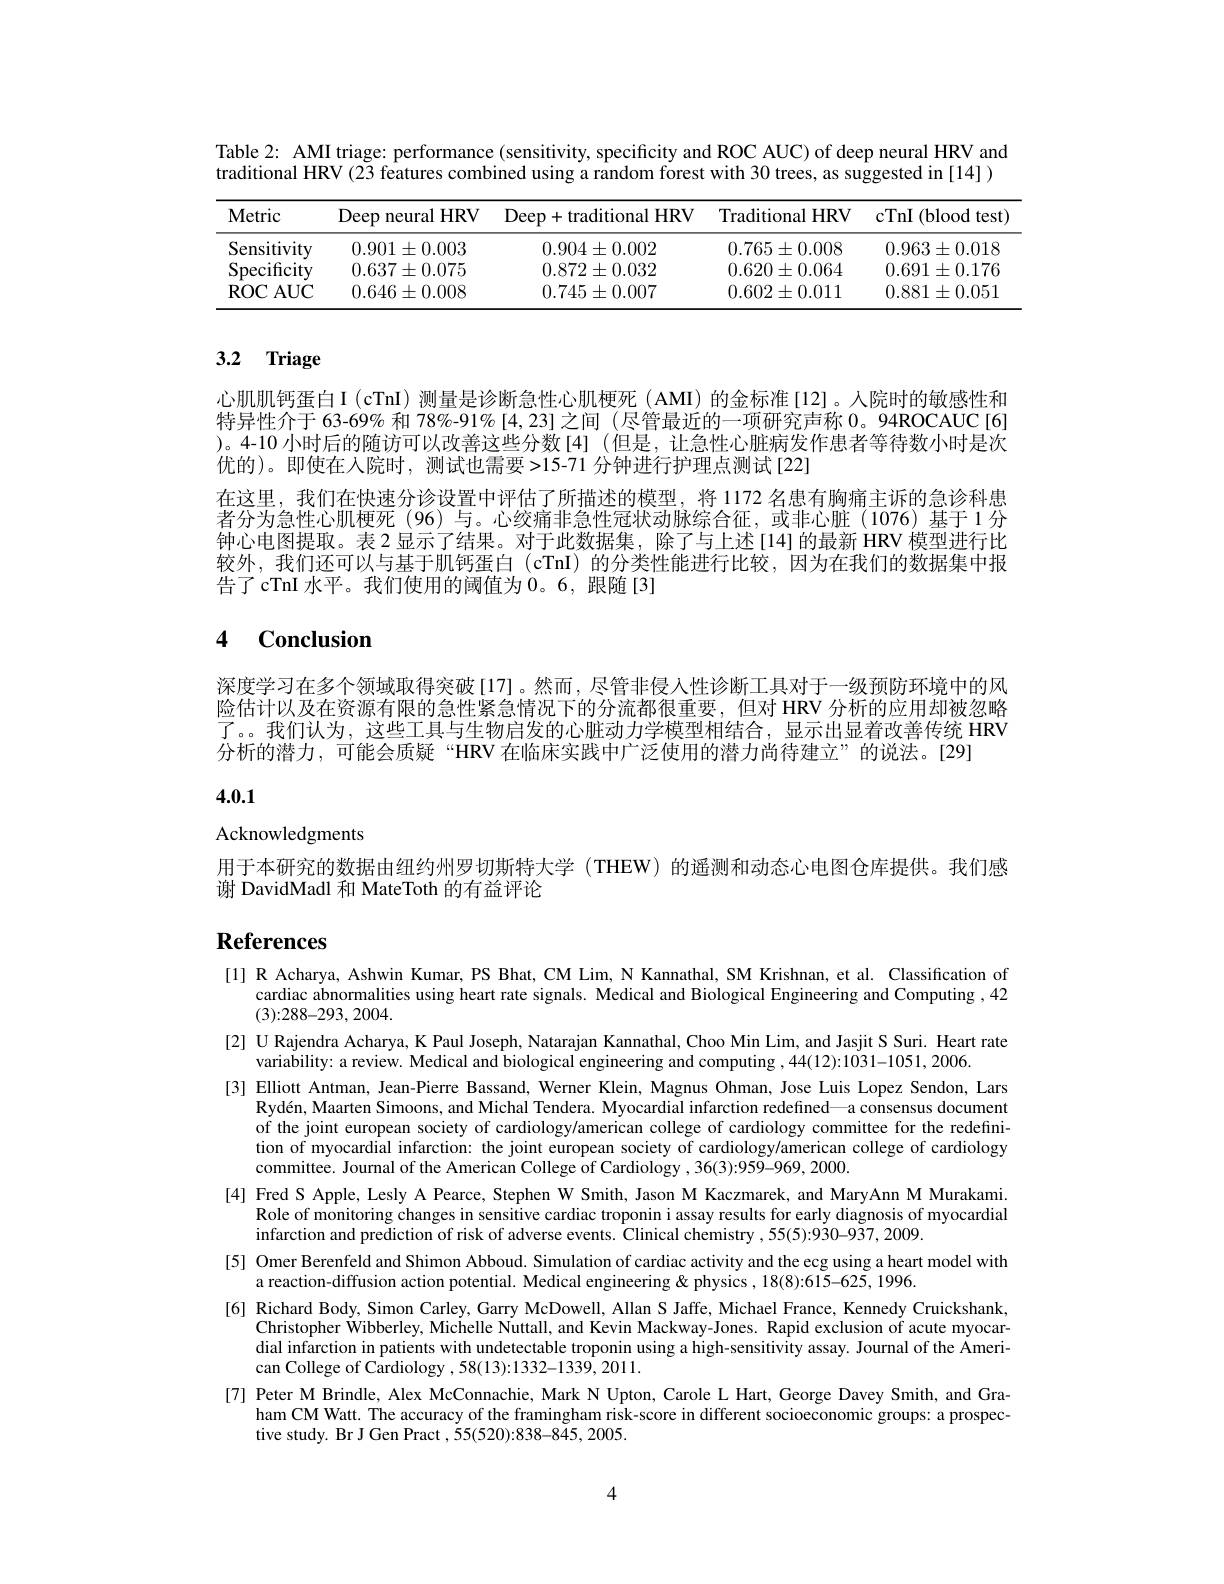
Table 2: AMI triage: performance (sensitivity, specificity and ROC AUC) of deep neural HRV and traditional HRV(23 features combined using a random forest with 30 trees, as suggested in [14])

<table>
	<tbody>
		<tr>
			<th>Metric</th>
			<th>Deep neural HRV</th>
			<th>Deep+ traditional HRV</th>
			<th>Traditional HRV</th>
			<th>${\mathrm{cTnI~(blood~test)}}$ </th>
		</tr>
		<tr>
			<td>Sensitivity</td>
			<td>$0.901\pm0.003$</td>
			<td>$0.904\pm0.002$</td>
			<td>$0.765\pm0.008$</td>
			<td>$0.963\pm0.018$</td>
		</tr>
		<tr>
			<td>Specificity</td>
			<td>$0.637\pm0.075$</td>
			<td>$0.872\pm0.032$</td>
			<td>$0.620\pm0.064$</td>
			<td>$0.691\pm0.176$</td>
		</tr>
		<tr>
			<td>$\operatorname{ROC}\operatorname{AUC}$</td>
			<td>$0.646\pm0.008$</td>
			<td>$0.745\pm0.007$</td>
			<td>$0.602\pm0.011$</td>
			<td>$0.881\pm0.051$</td>
		</tr>
	</tbody>
</table>

# 3.2 Triage

心肌肌钙蛋白 I (cTnI) 测量是诊断急性心肌梗死 (AMI) 的金标准[12]。人院时的敏感性和特异性介于 63-69% 和 78%-91% [4,23]之间 (尽管最近的一项研究声称 0。94ROCAUC[6] )。4-10 小时后的随访可以改善这些分数[4](但是，让急性心脏病发作患者等待数小时是次优的)。即使在人院时，测试也需要>15-71 分钟进行护理点测试[22]
在这里，我们在快速分诊设置中评估了所描述的模型，将 1172 名患有胸痛主诉的急诊科患者分为急性心肌梗死(96)与。心绞痛非急性冠状动脉综合征，或非心脏(1076)基于1分钟心电图提取。表 2 显示了结果。对于此数据集，除了与上述[14] 的最新 HRV 模型进行比较外，我们还可以与基于肌钙蛋白 (cTnI) 的分类性能进行比较，因为在我们的数据集中报告了cTnI 水平。我们使用的阈值为0。6,跟随[3]

# 4 $\mathbf{Conclusion}$

深度学习在多个领域取得突破[17]。然而，尽管非侵人性诊断工具对于一级预防环境中的风险估计以及在资源有限的急性紧急情况下的分流都很重要，但对 HRV 分析的应用却被忽略了。。我们认为，这些工具与生物启发的心脏动力学模型相结合，显示出显着改善传统 HRV 分析的潜力，可能会质疑“HRV 在临床实践中广泛使用的潜力尚待建立”的说法。[29]

# 4.0.1

Acknowledgments

用于本研究的数据由纽约州罗切斯特大学 (THEW) 的遥测和动态心电图仓库提供。我们感
谢 DavidMadl 和 MateToth 的有益评论

# References

[1] R Acharya, Ashwin Kumar, PS Bhat, CM Lim, N Kannathal, SM Krishnan, et al. Classification of
cardiac abnormalities using heart rate signals. Medical and Biological Engineering and Computing ,42
(3){:}288-293,2004.
[2] U Rajendra Acharya, K Paul Joseph, Natarajan Kannathal, Choo Min Lim, and Jasjit S Suri. Heart rate
variability: a review. Medical and biological engineering and computing ,44(12){:}1031-1051,2006.
[3] Elliott Antman, Jean-Pierre Bassand, Werner Klein, Magnus Ohman, Jose Luis Lopez Sendon, Lars
Ryd$\text{\' {e}n, MaartenSimoons, andMichalTendera. Myocardial infarction redefined— a consensus document}$ of the joint european society of cardiology/american college of cardiology committee for the redefinition of myocardial infarction: the joint european society of cardiology/american college of cardiology committee. Journal of the American College of Cardiology , 36(3):959-969, 2000.
[4] Fred S Apple, Lesly A Pearce, Stephen W Smith, Jason M Kaczmarek, and MaryAnn M Murakami.
Role of monitoring changes in sensitive cardiac troponin i assay results for early diagnosis of myocardial
infarction and prediction of risk of adverse events. Clinical chemistry , 55(5):930-937, 2009.
[5] Omer Berenfeld and Shimon Abboud. Simulation of cardiac activity and the ecg using a heart model with
a reaction-diffusion action potential. Medical engineering & physics , 18(8):615-625, 1996.
[6] Richard Body, Simon Carley, Garry McDowell, Allan S Jaffe, Michael France, Kennedy Cruickshank,
Christopher Wibberley, Michelle Nuttall, and Kevin Mackway-Jones. Rapid exclusion of acute myocardial infarction in patients with undetectable troponin using a high-sensitivity assay. Journal of the American College of Cardiology ,58(13):1332-1339,2011.
[7] Peter M Brindle, Alex McConnachie, Mark N Upton, Carole L Hart, George Davey Smith, and Gra-
ham CM Watt. The accuracy of the framingham risk-score in different socioeconomic groups: a prospec-
tive study. Br J Gen Pract , 55(520):838-845, 2005.

4